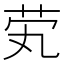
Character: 䒯